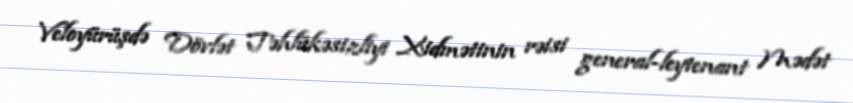
Veloyürüşdə Dövlət Təhlükəsizliyi Xidmətinin rəisi general-leytenant Mədət